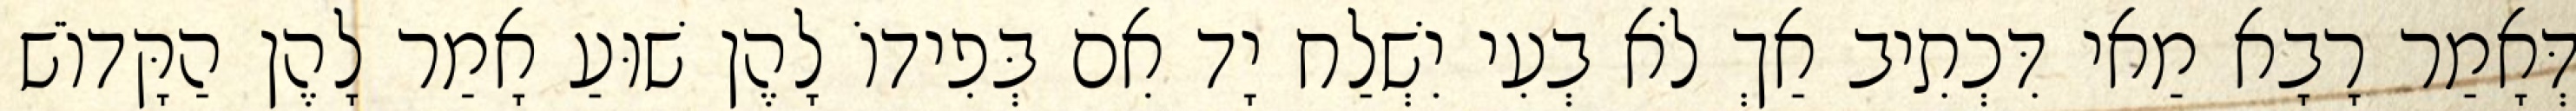
דְּאָמַר רָבָא מַאי דִּכְתִיב אַךְ לֹא בְעִי יִשְׁלַח יָד אִם בְּפִידוֹ לָהֶן שׁוּעַ אָמַר לָהֶן הַקָּדוֹשׁ